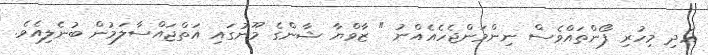
އަދި މިހުރި ފޯންތައްވެސް ނިންމަންޖެހެއެއްނު " ޒާވްޔާ ޝާންގެ މޫނުގައި އަތްޖައްސާލަމުން ބުނެލިއެވެ.